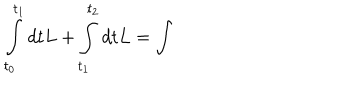
\int _ { t _ { 0 } } ^ { t _ { 1 } } d t L + \int _ { t _ { 1 } } ^ { t _ { 2 } } d t L = \int